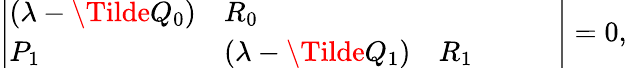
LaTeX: \begin{array}{r}{\left|\begin{array}{llllll}{(\lambda-\Tilde{Q}_{0})}&{R_{0}}&{}&{}&{}&{}\\ {P_{1}}&{(\lambda-\Tilde{Q}_{1})}&{R_{1}}&{}&{}&{}\end{array}\right|=0,}\end{array}